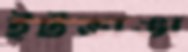
ইটভাঙা